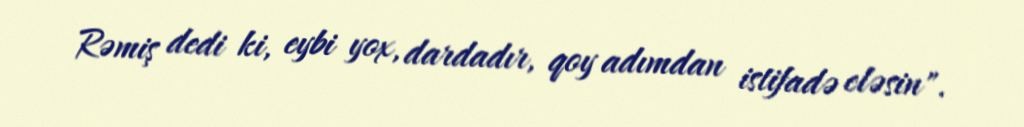
Rəmiş dedi ki, eybi yox, dardadır, qoy adımdan istifadə eləsin".